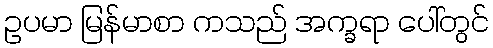
ဥပမာ မြန်မာစာ ကသည် အက္ခရာ ပေါ်တွင်